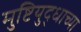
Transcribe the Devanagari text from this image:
मुष्टियुद्धाच्या